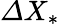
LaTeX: {\mit\Delta}X_{\ast}